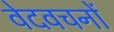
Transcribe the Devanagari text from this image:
वेदवचनों